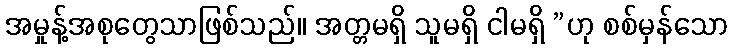
အမှုန့်အစုတွေသာဖြစ်သည်။ အတ္တမရှိ သူမရှိ ငါမရှိ ”ဟု စစ်မှန်သော